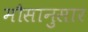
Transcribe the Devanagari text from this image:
मौसानुसार